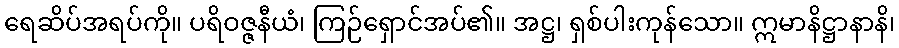
ရေဆိပ်အရပ်ကို။ ပရိဝဇ္ဇနီယံ၊ ကြဉ်ရှောင်အပ်၏။ အဋ္ဌ၊ ရှစ်ပါးကုန်သော။ ဣမာနိဋ္ဌာနာနိ၊